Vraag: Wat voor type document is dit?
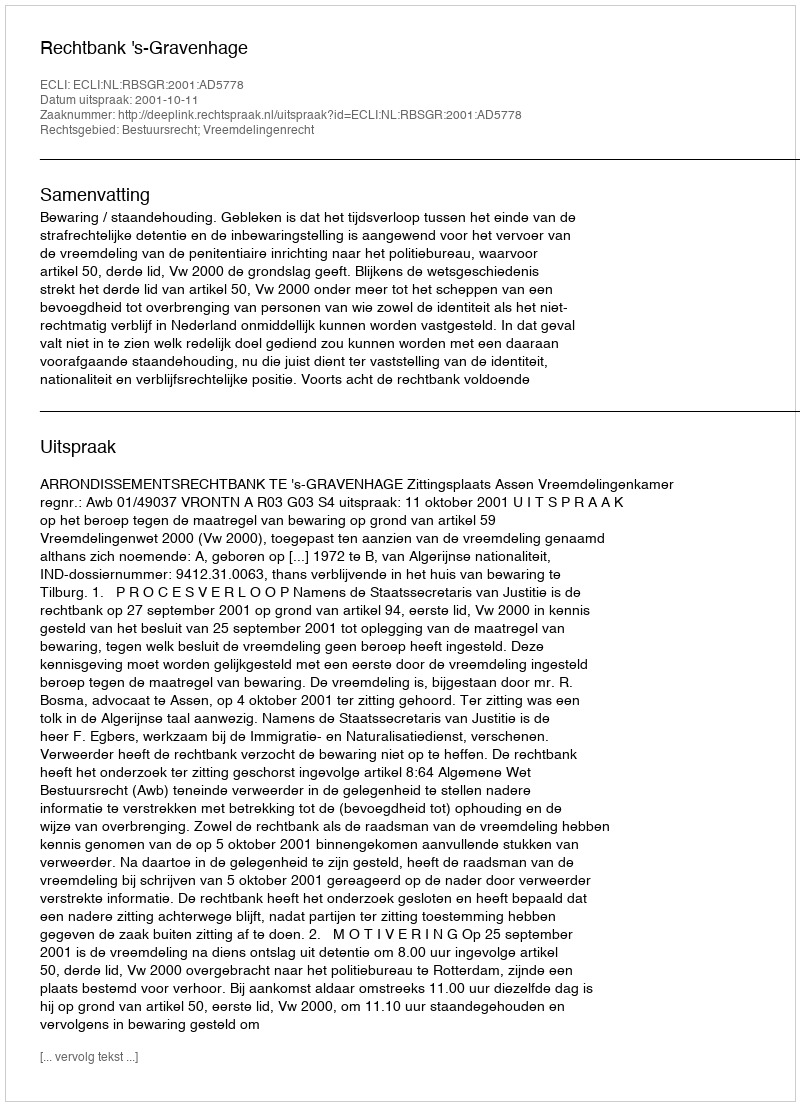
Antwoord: Uitspraak